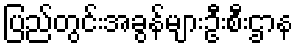
ပြည်တွင်းအခွန်များဦးစီးဌာန